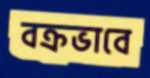
বক্রভাবে